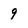
Character: 9